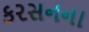
કરસનના